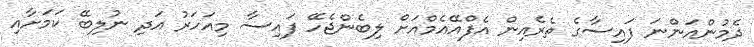
ދެމުންއަންނަ ފައިސާގެ ތެރެއިން އެފްއޭއެމްއަށް ލިބެންޖެހޭ ފައިސާ މިއަހަރު އަދި ނުލިބޭ ކަމަށާއި